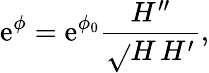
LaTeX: \mathrm{e}^{\phi}=\mathrm{e}^{\phi_{0}}\frac{{H^{\prime\prime}}}{{\sqrt{}{{H\, H^{\prime}}}}},